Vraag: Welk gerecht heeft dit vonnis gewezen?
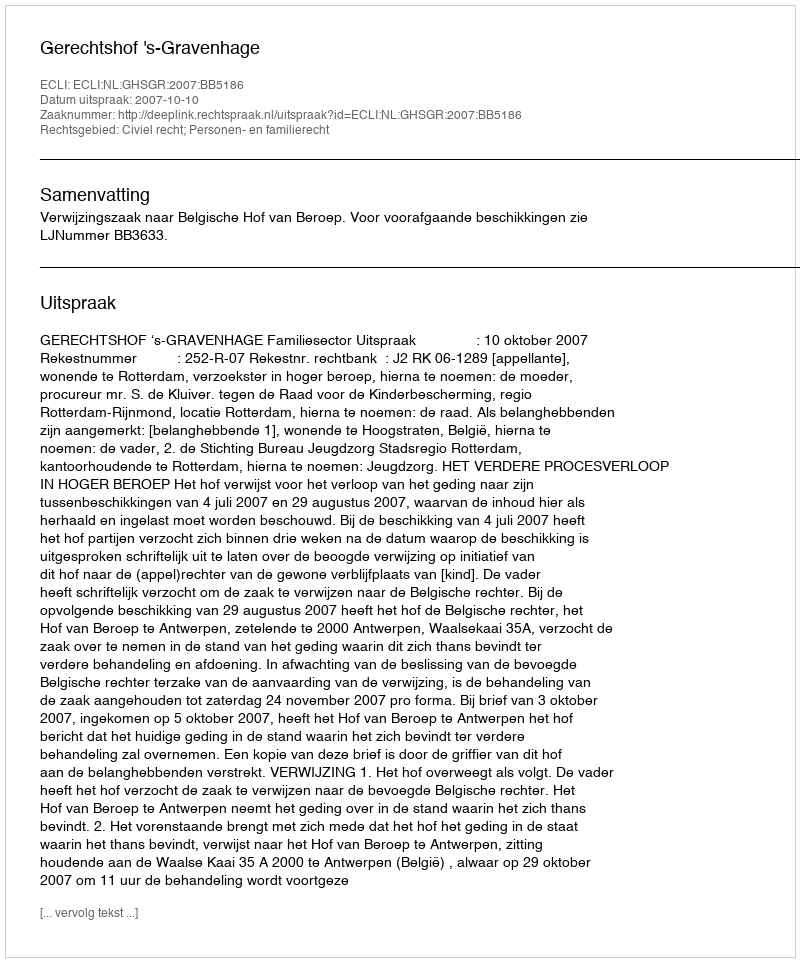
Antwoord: Gerechtshof 's-Gravenhage